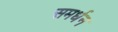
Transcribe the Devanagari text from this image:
समर्धन